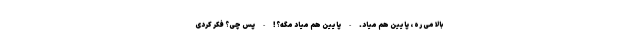
بالا می ره ، پایین هم میاد. - پایین هم میاد مگه؟! - پس چی؟ فکر کردی